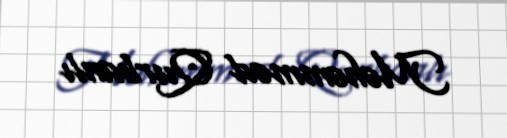
Məhəmməd Qurbanlı